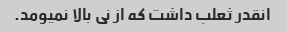
انقدر ثعلب داشت که از نی بالا نمیومد.